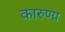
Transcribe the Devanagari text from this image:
कारुण्य़